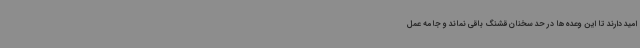
امید دارند تا این وعده‌ها در حد سخنان قشنگ باقی نماند و جامه عمل